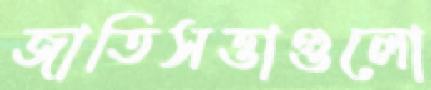
জাতিসত্তাগুলো